Vital statistics of India. Vol. IV, Annual returns from 1871 to 1876. British Army of India, Native Army and jails of Bengal
Year: 1871
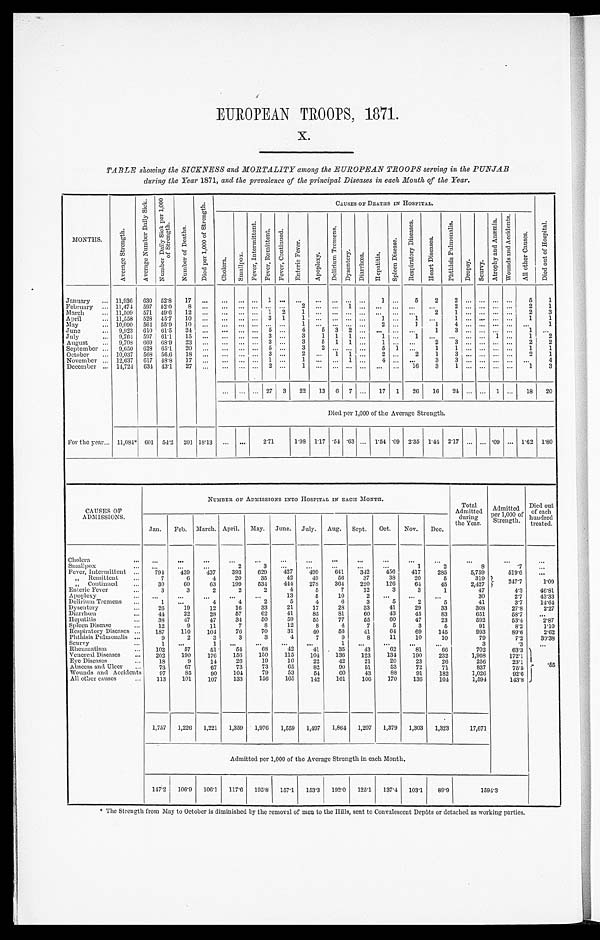
EUROPEAN TROOPS, 1871.
x.
TABLE showing the SICKNESS and MORTALITY among the EUROPEAN TROOPS serving in the PUNJAB
during lice Year 1871, and the prevalence of the principal Diseases in each Month of the Year.
Months.
A v e r a g e S t r e n g t h .
A v e r a g e n u m b e r D a i l y S i c k . N u m b e r D a i l y S i c k p e r 1 , 0 0 0 o f S t r e n g t h .
N u m b e r o f D e a t h s .
D i e d p e r 1 , 0 0 0 o f S t r e n g t h .
CAUSES or DEATHS IN HOSPITAL.
D i e d o u t o f H o s p i t a l .
C h o l e r a .
S m a l l p o x .
F e v e r , I n t e r m i t t e n t . F e v e r , R e m i t t e n t . F e v e r , C o n t i n u e d .
E n t c r i c F e v e r .
A p o p l e x y .
D c l i r i u m T r e m e n s .
D y s c n t e r y . D i a r r h œ a . H e p a t i t i s .
S p l c c n D i s e a s e .
R e s p i r a t o r y D i s e a s e s .
H e a r t D i s e a s e s .
P h t h i s i s P u l m o n a l i s .
D r o p s y . S c u r v y .
A t r o p h y a n d A n æ m i a . W o u n d s a n d A c c i d e n t s .
A l l o t h e r C a u s e s .
January ... 11,936 630 52.8 17 ... ... ... ...
1 . . . . . . ... ...
... . . . 1 ... 5
2 2 . . . . . . . . .
... 5 1
February ... 11,474 597 52.0 8 ... . . . ... ... ... ... 2 ... . . . 1 ... ... . . . ... ... 2 . . . . . . . . .
... 2 1
March ... 11,509 571 49.6 12 . . . ... . . . ... 1 2 1 ... . . . ... ... ... ... ... 2 1 ... . . . ... ... 2 3
April
... 11,558 528 45. 7 10 ... ... ... ... 3 1 1 ... ... ... ... 1 ... 1 ...
. . . . . . . . . . . .
... 1 1
M a y
. . . 10,090 564 55.9 10 ... ... ... ... ... ... 1 ... ... ... ... 2
1 1
4 . . . . . . . . .
...
. . . 1
June
... 9,923 610 61. 5 24 ... ... ... ... 5 ... 4
5 3 2 ... ... ... . . . 1
3 . . . . . . . . .
... 1 ...
July
... 9,764 507 61.1 15 ... ... ... ... 3 . . . 3 1 1 1 ... 1 ... 1 ... ... . . . ... 1 ... 1 2
August ... 9,703 669 68. 9 23 ... ... ... ... 3 . . . 3 5 1 1 ...
1 . . . . . . 2 3 . . . . . . . . .
... 2 2
September ... 9,650 628 61.1 20 ... ... ... ... 5 ...
3 2
. . . ... . . . 5 1 ... 1 1 . . . . . . . . .
... 1 1
October ... 10,037 568 56.6 18 ... ... .. ... 3 ... 2 ... 1 1 . . . 2 . . . 2
1 3 . . . . . . . . .
... 2 1
November ... 12,637 617 48.8 17 . . . ... .. ... 1 ... 1 ... ... 1 ...
4 . . . . . . 3 3 . . . . . . . . .
...
. . . 4
December ... 14,724 634 43.1 27
. . .
... ... ... 2 ... 1 ... ... ... .. ... ... 16 3 1 ... . . . . . . ... 1 3
... ... .. . 27 3 22 13 6 7 .. 17 1 26 16 24 ... ... 1 ... 18 20
Died per 1,000 of the Average Strength.
For the year... 11,084* 601 54.2 201 18.13 . . . ... 2.71 1.98 1.17 .54 . 6 3 ... 1.54 .09 2.35 1.44 2.17 ... ... .09 ... 1.62 1.80
CAUSES O
F A D M I S S I O N S .
NUMBER OF ADMISSIONS INTO HOSPITAL IN EACH MONTH.
Total
Admitted during
the Year.
Admitted
Per 1,000 o f St r engt h. hundr
ed
Died out
of each
treated.
Jan. Feb. March. April. May. June. July. Aug. Sept. Oct. Nov. Dec.
Cholera
. . . ... ...
... ... ... ... . . .
. . .
... ... ...
...
. . .
. . .
...
Smallpox
. . . ...
...
2
3 . . .
...
. . . . . .
. . .
1
2
8
.7 ...
Fever, Intermittent ... 791 439 437 393 629 427 499 641 342 456 417 285
5,759
519.6 ...
„ Remittent ...
7
6
4 20 35 42 49 56 37 38 20
5
319
247.7 1.09
„ Continued
. . .
30
6 0 63 199 534 444 278 364 220 126 64 45
2,427
Enteric Fever
...
3
3
2
2
2
4
5
7 12
3
3
1
47
4.3 46.81
Apoplexy
... ...
... ... ...
. . .
13
5 10
2
. . . ...
...
30
2.7 43.33
Delirium Tremens ...
1 ...
4
4
2
5
4
6
3
5
2
5
41
3.7 14.64
Dysentery
... 26 19 12 16 33 21 17 28 33 41 29 33
308
27.8 2.27
Diarrhœa . . . 44 22 28 57 62 41 85 81 60 43 45 83
651
58.7
. . .
Hepatitis
. . .
38 47 47 34 50 59 55 77 55 60 47 23
592
53.4 2.87
Spleen Disease
... 12
9 11
7
8 12
8
4 7
5
3
5
91
8.2 1.10
Respiratory Diseases ... 187 110 104 76 70 31 40 56 41 64 69 145
093
89.6 2.62
Phthisis Pulmonalis ...
9 2
3
3
3
4
7
9
8 11 10 10
79
7.2 30.38
Scurvy
...
1 ...
1 ... ...
... ...
1 ... ... ...
...
3
.3 ...
Rheumatism
... 102 57 51 54 68 42 41 35 43 62 81 66
702
63.3
.55
Venereal Diseases ... 202 190 176 156 150 115 104 136 123 134 190 232
1,903
172.1
Eye Diseases
... 18
9 14 26 19 16 22 42 21 20 23 26
256
23.1
Abscess and Ulcer ... 73 67 67 73 73 65 82 90 51 53 72 71
837
75.5
Wounds and Accidents 97 85 90 104 79 53 51
6 0 43 88 91 182
1,026
92.6
All other causes ... 113 101 107 133 156 165 142 161 106 170 136 104
1,594
143.8
1,757 1,226 1,221 1,359 1,976 1,559 1,497 1,864 1,207 1,379 1,303 1,323
17,671
Admitted per 1,000 of the Average Strength in each Month.
147.2 106.9 106.1 117.6 195.8 157.1 153.3 192.0 125.1 137.4 103.1 89.9
1 5 9 4 . 3
* The Strength from May to October is diminished by the removal of Men to the Hills, sent to Convalescent Depôts or detached as working parties.